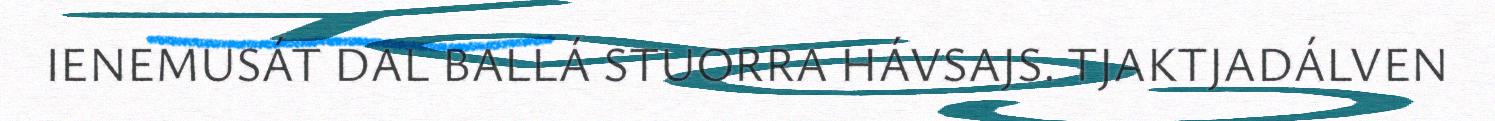
IENEMUSÁT DAL BALLÁ STUORRA HÁVSAJS. TJAKTJADÁLVEN